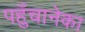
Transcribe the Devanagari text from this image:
पहुँचानेका